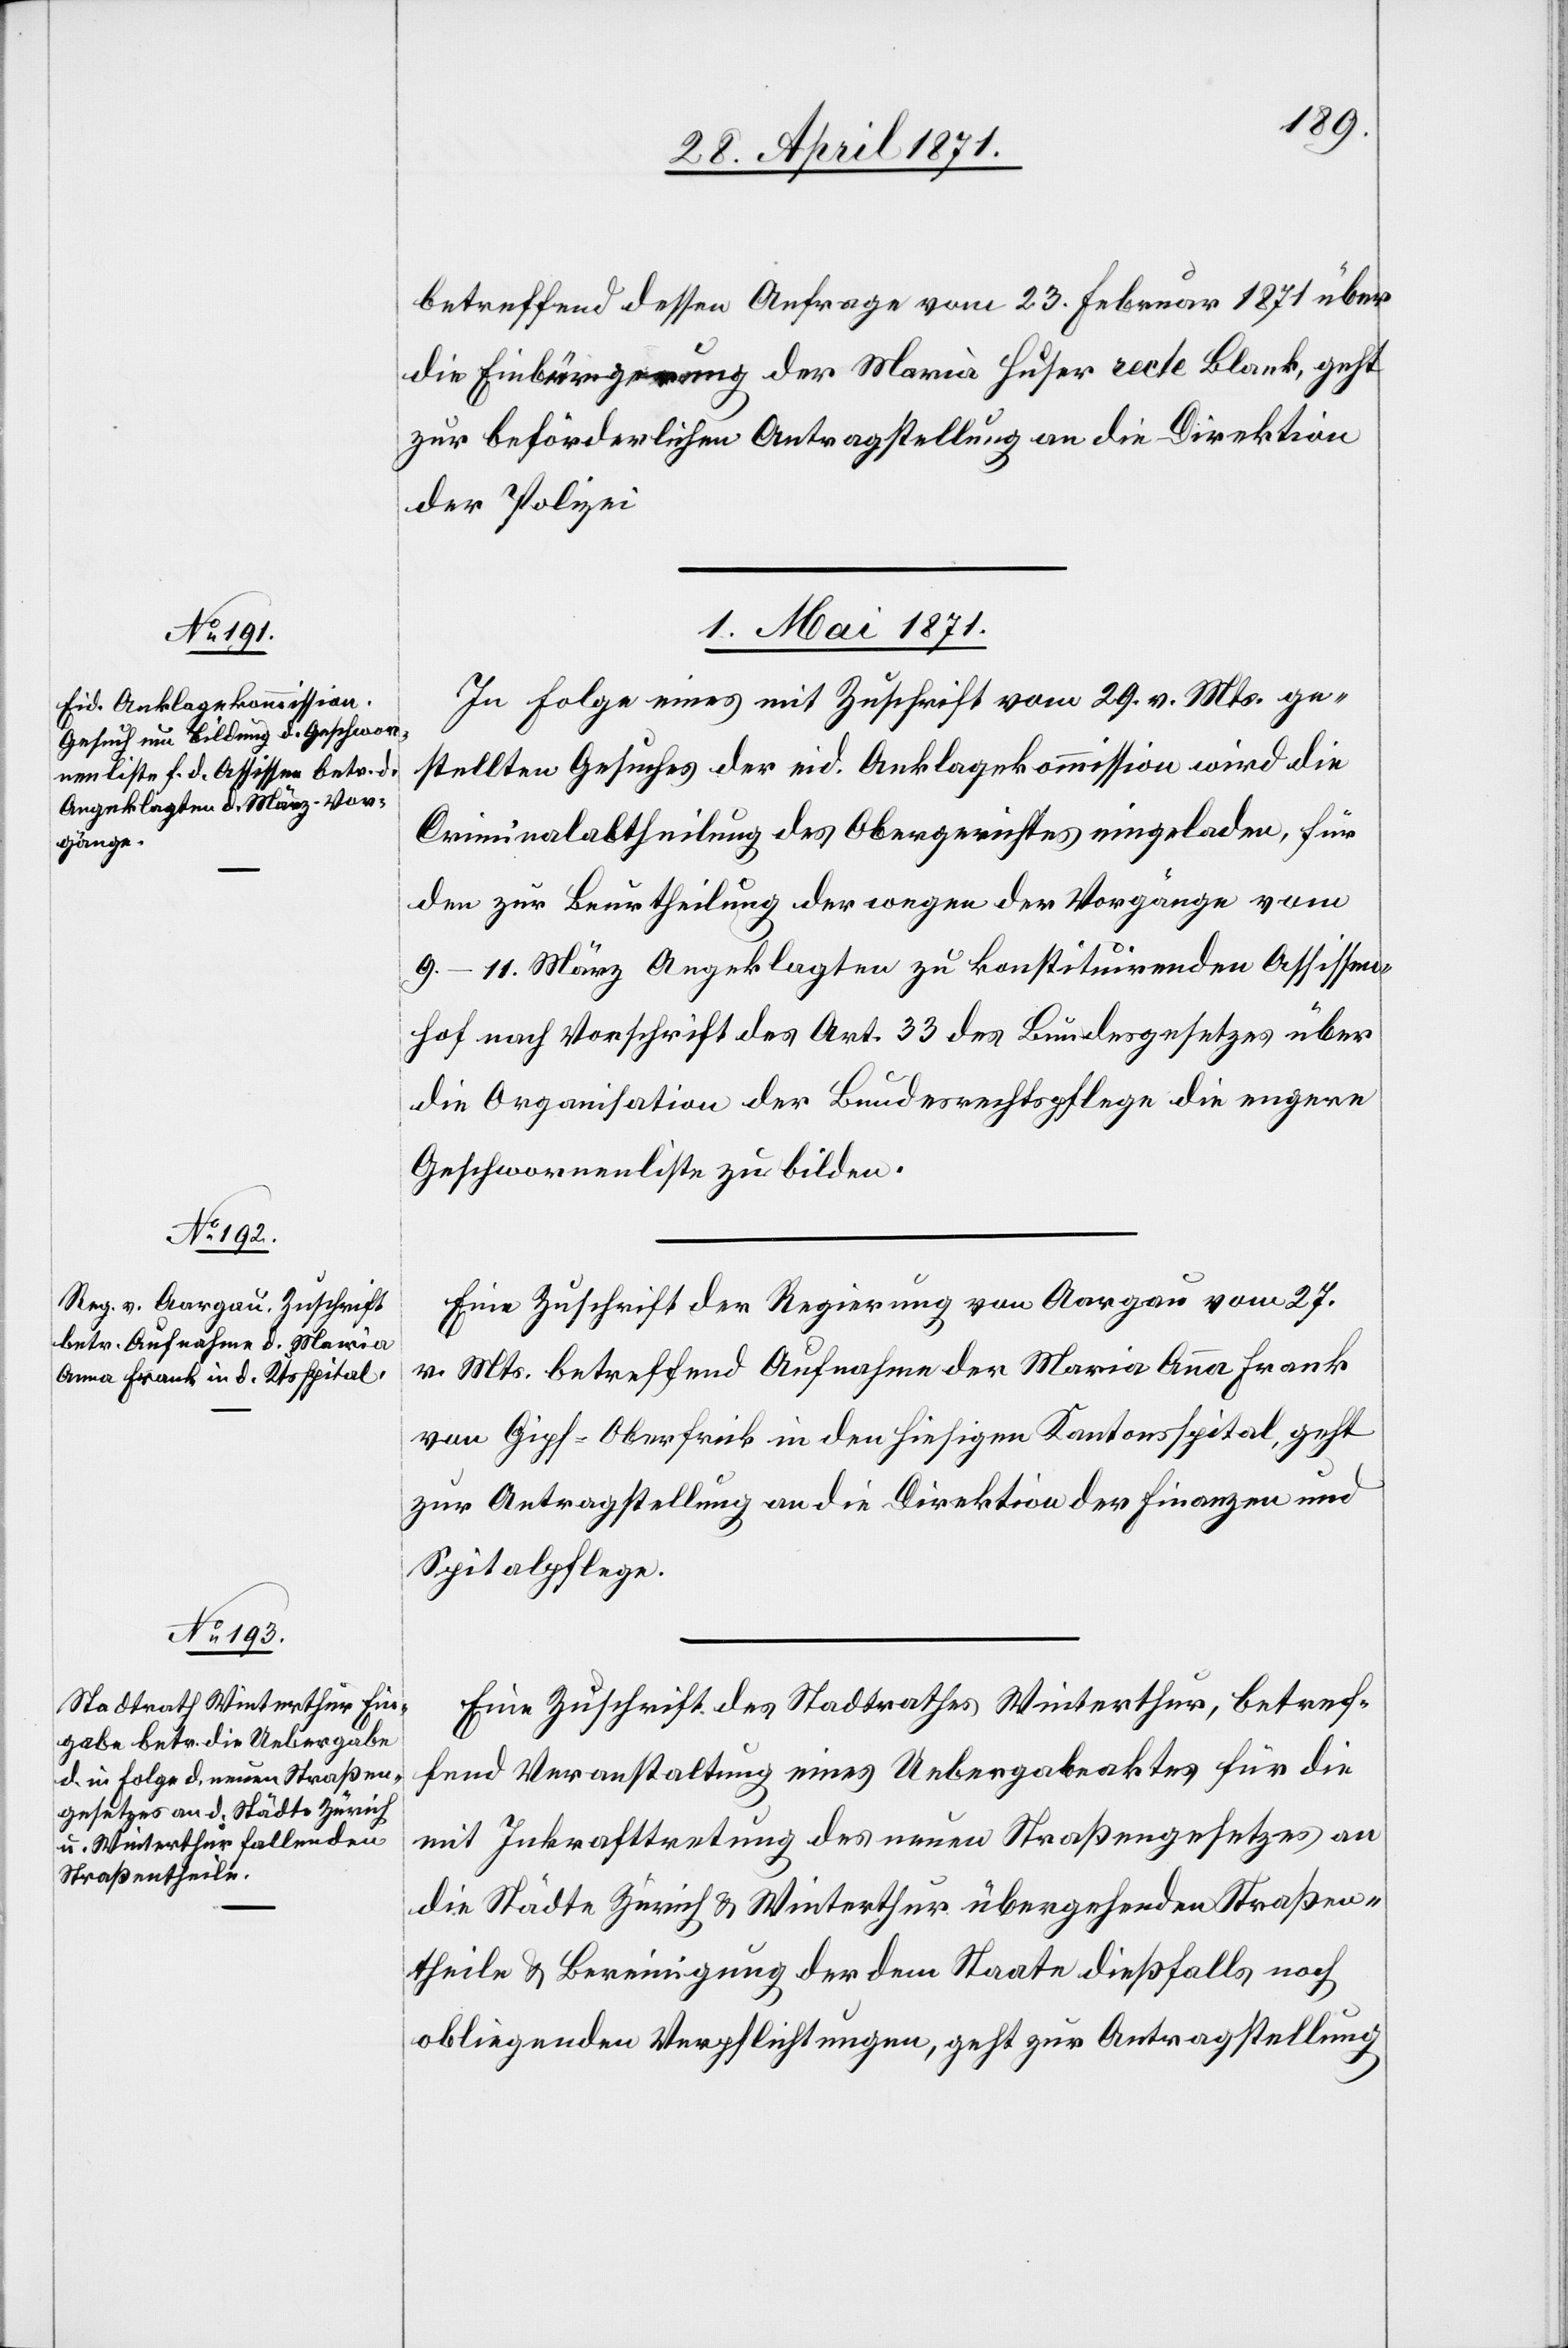
betreffend dessen Anfrage vom 23. Februar 1871 über
die Einbürgerung der Maria Huser recte Blank, geht
zur beförderlichen Antragstellung an die Direktion
der Polizei.
1. Mai 1871.]
In Folge eines mit Zuschrift vom 29. v. Mts. ge¬
stellten Gesuches der eid. Anklagekommission wird die
Criminalabtheilung des Obergerichtes eingeladen, für
den zur Beurtheilung der wegen der Vorgänge vom
9.–11. März Angeklagten zu konstituirenden Assissen¬
hof nach Vorschrift des Art. 33 des Bundesgesetzes über
die Organisation der Bundesrechtspflege die engere
Geschworenenliste zu bilden.
Eine Zuschrift der Regierung von Aargau vom 27.
v. Mts. betreffend Aufnahme der Maria Anna Frank
von Gipf-Oberfrick in den hiesigen Kantonsspital geht
zur Antragstellung an die Direktion der Finanzen und
Spitalpflege.
Eine Zuschrift des Stadtrathes Winterthur, betref¬
fend Veranstaltung eines Uebergabeaktes für die
mit Inkrafttretung des neuen Straßengesetzes an
die Städte Zürich u. Winterthur übergehenden Straßen¬
theile u. Bereinigung der dem Staate dießfalls noch
obliegenden Verpflichtungen, geht zur Antragstellung